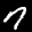
Label: 7